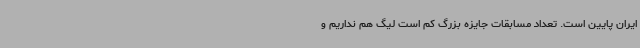
ایران پایین است. تعداد مسابقات جایزه بزرگ کم است لیگ هم نداریم و